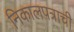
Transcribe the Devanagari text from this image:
निकालपत्राची